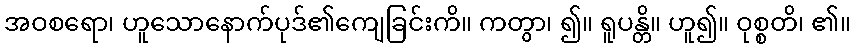
အဝစရော၊ ဟူသောနောက်ပုဒ်၏ကျေခြင်းကိ။ ကတွာ၊ ၍။ ရူပန္တိ။ ဟူ၍။ ဝုစ္စတိ၊ ၏။